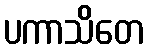
ပကာသိတေ